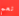
نعم